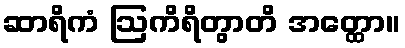
ဆာရိကံ ဩကိရိတွာတိ အတ္ထော။